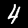
Digit: 4